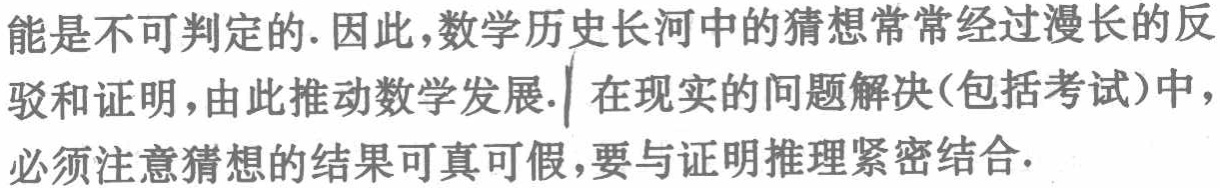
能是不可判定的. 因此,数学历史长河中的猜想常常经过漫长的反驳和证明,由此推动数学发展. 在现实的问题解决(包括考试)中,必须注意猜想的结果可真可假,要与证明推理紧密结合.